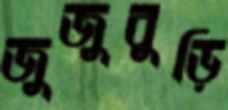
জুজুবুড়ি